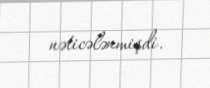
nəticələnmişdi.